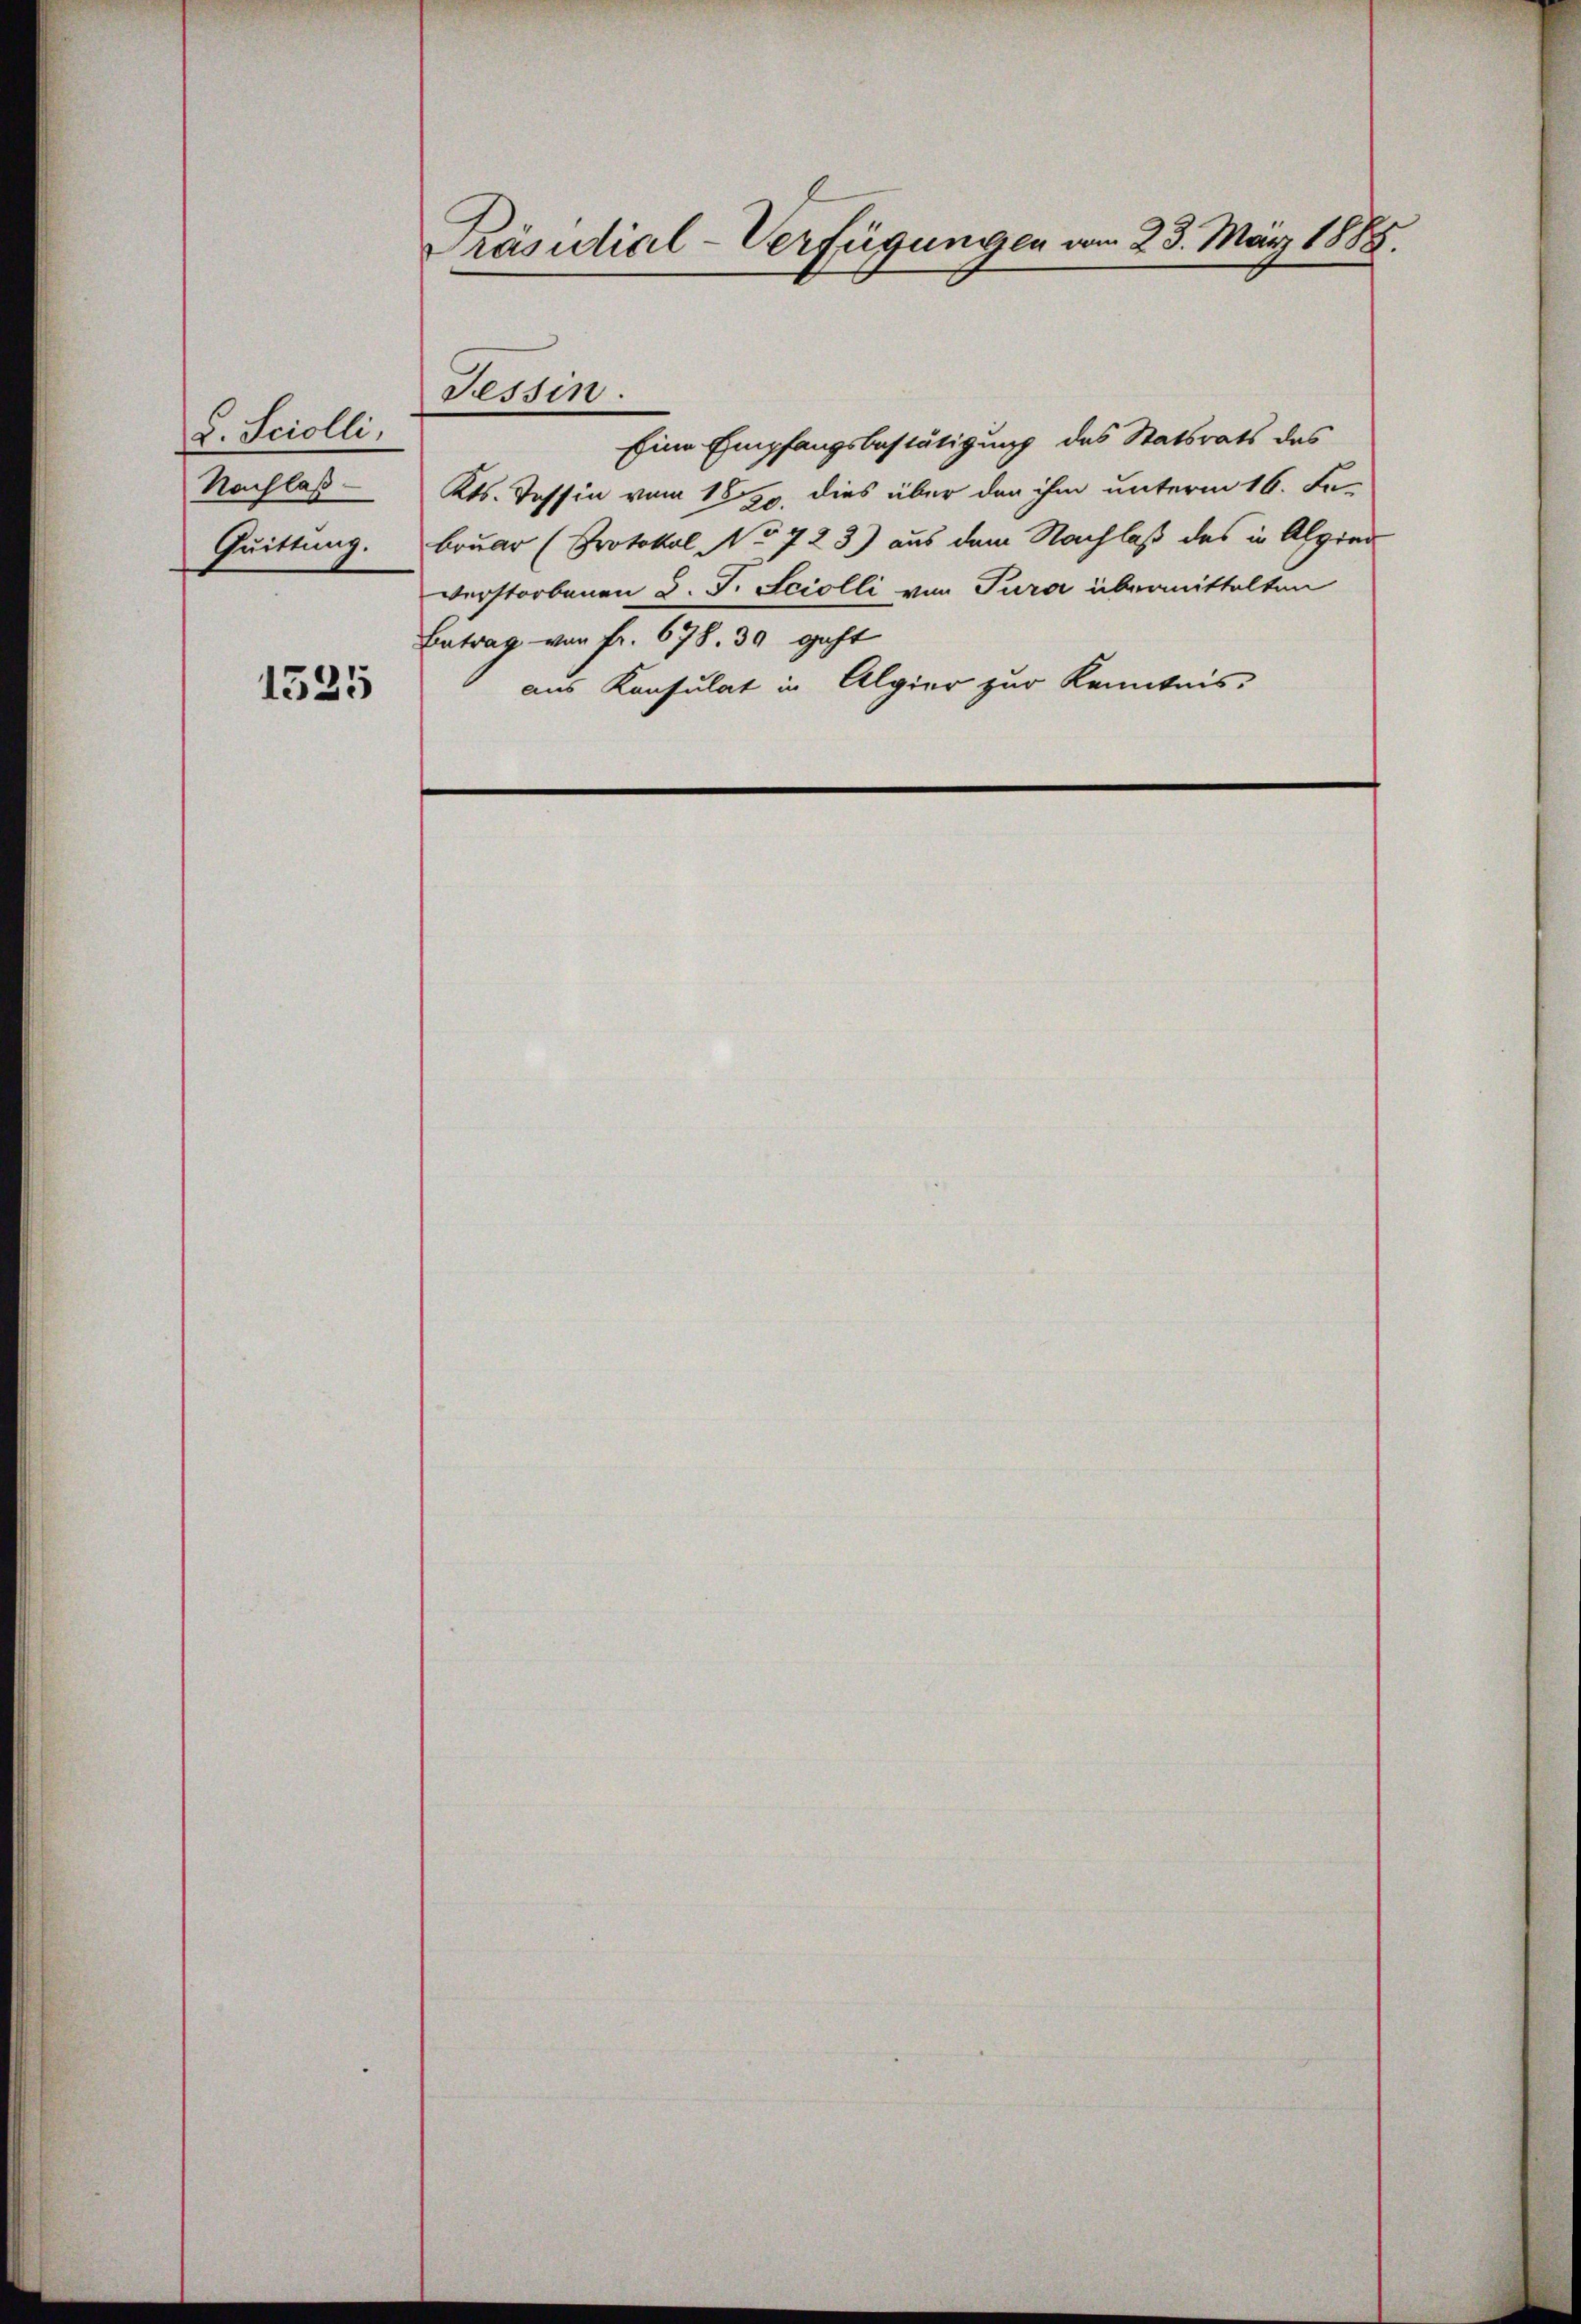
L. Sciolli,
Nachlaß
Quittung.

1325

Präsidial-Verfügungen vom 23. März 1888.

Tessin.

Eine Empfangsbestätigung des Statsrats des
Kts. Tessin vom 1850. dies über den ihm unterm 16. Fe
bruar (Protokol No 723) aus dem Nachlaß des in Algien
verstorbenen d. J. Sciolli von Tura übermittelten
Betrag von fr. 678. 30 geht
aus Konsulat in Algier zur Kenntnis